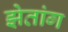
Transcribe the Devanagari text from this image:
झेतांग